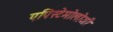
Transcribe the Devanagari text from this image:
एपिस्टेमोलोजी